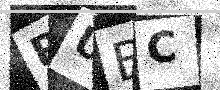
Text: RUBC